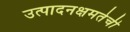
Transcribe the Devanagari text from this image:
उत्पादनक्षमतेची